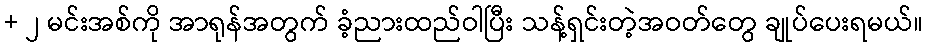
+ ၂ မင်းအစ်ကို အာရုန်အတွက် ခံ့ညားထည်ဝါပြီး သန့်ရှင်းတဲ့အဝတ်တွေ ချုပ်ပေးရမယ်။